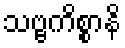
သဗ္ဗကိစ္စာနိ